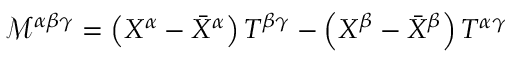
{ \mathcal { M } } ^ { \alpha \beta \gamma } = \left( X ^ { \alpha } - { \bar { X } } ^ { \alpha } \right) T ^ { \beta \gamma } - \left( X ^ { \beta } - { \bar { X } } ^ { \beta } \right) T ^ { \alpha \gamma }